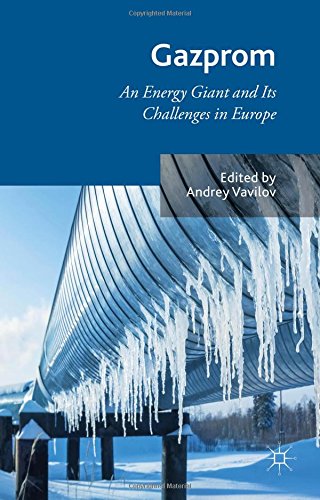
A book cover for Gazprom: An Energy Giant and its Challenges in Europe; Business & Money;